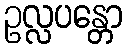
ဥလ္လပန္တော